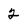
Character: 2